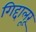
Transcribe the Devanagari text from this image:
गिद्दालूरू